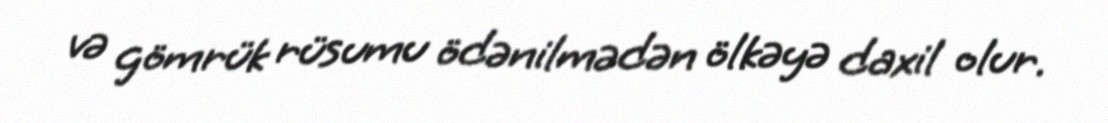
və gömrük rüsumu ödənilmədən ölkəyə daxil olur.